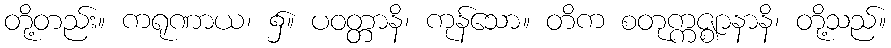
တို့တည်း။ ကရုဏာယ၊ ၌။ ပဝတ္တာနိ၊ ကုန်သော။ တိက စတုက္ကဇ္ဈာနာနိ၊ တို့သည်။